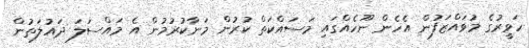
ހަވީރުގެ މުވައްޒަފުން އެހެން ނޫހެއްގައި މަސައްކަތް ކުރުން މަނާކުރުމުން އެ މައްސަލަ ދައުލަތުން